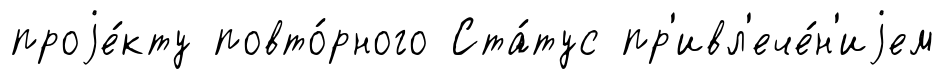
проjе́кту повто́рного Ста́тус пр'ивл'ече́н'иjем